Leaving Certificate Examination, 1925
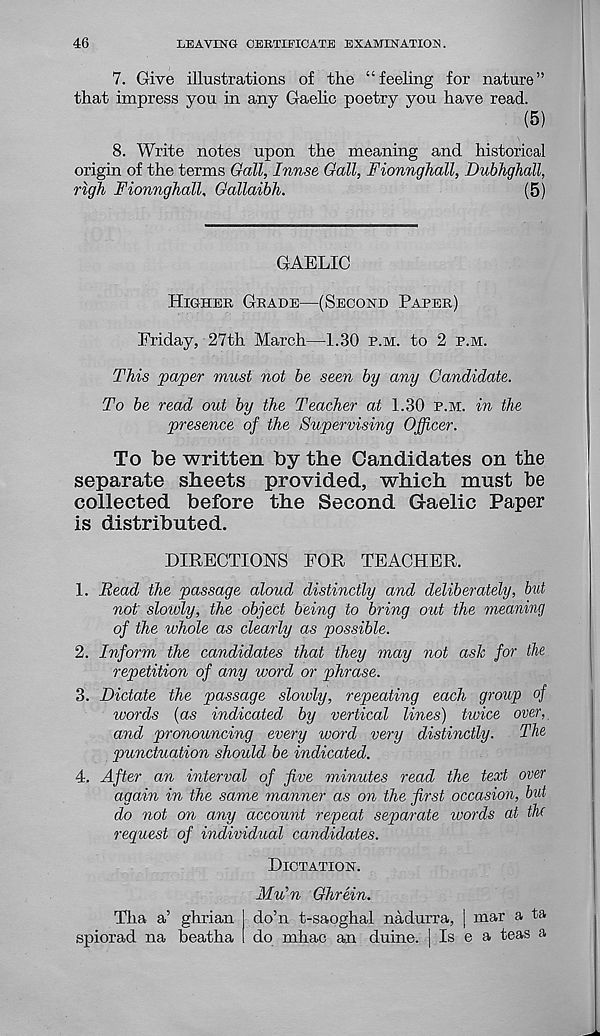
46
LEAVING CERTIFICATE EXAMINATION.
7. Give illustrations of the “feeling for nature”
that impress you in any Gaelic poetry you have read.
(5)
8. Write notes upon the meaning and historical
origin of the terms Gall, Innse Gall, Fionnghall, Dubhghall,
righ Fionnghall, Gallaibh.
(5)
GAELIC
Higher Grade—(Second Paper)
Friday, 27th March—1.30 p.m. to 2 p.m.
This paper must not be seen by any Candidate.
To be read out by the Teacher at 1.30 p.m. in the
presence of the Supervising Officer.
To be written by the Candidates on the
separate sheets provided, which must be
collected before the Second Gaelic Paper
is distributed.
DIRECTIONS FOR TEACHER.
1. Read the passage aloud distinctly and deliberately, bid
not slowly, the object being to bring out the meaning
of the whole as clearly as possible.
2. Inform the candidates that they may not ash for the
repetition of any word or phrase.
3. Dictate the passage slowly, repeating each group of
words {as indicated by vertical lines) twice over,
and pronouncing every word very distinctly.
The
punctuation should be indicated.
4. After an interval of five minutes read the text over
again in the same manner as on the first occasion, but
do not on any account repeat separate words at the
request of individual candidates.
Dictation.
Mu’n Ghrein.
do’n t-saoghal nadurra, | mar a ta
do mhac an duine. | Is e a teas a
Tha a’ ghrian
spiorad na beatha